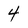
Character: 4